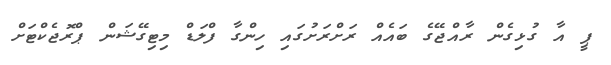
ޕީ އާ ގުޅިގެން ރާއްޖޭގެ ބައެއް ރަށްރަށުގައި ހިންގާ ފްލަޑް މިޓިގޭޝަން ޕްރޮޖެކްޓަށް